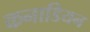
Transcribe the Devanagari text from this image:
कनाडियन